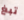
تبغ